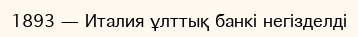
1893 — Италия ұлттық банкі негізделді